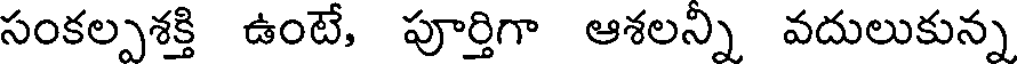
సంకల్పశక్తి ఉంటే, పూర్తిగా ఆశలన్ని వదులుకున్న